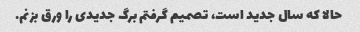
حالا که سال جدید است، تصمیم گرفتم برگ جدیدی را ورق بزنم.